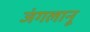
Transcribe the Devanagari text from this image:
जंगलानू